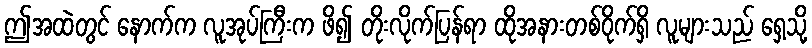
ဤအထဲတွင် နောက်က လူအုပ်ကြီးက ဖိ၍ တိုးလိုက်ပြန်ရာ ထိုအနားတစ်ဝိုက်ရှိ လူများသည် ရှေ့သို့